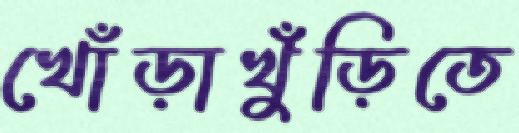
খোঁড়াখুঁড়িতে